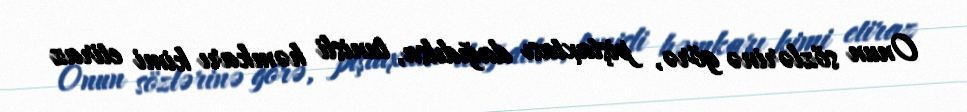
Onun sözlərinə görə, piştaxtası dağıdılsa, tunisli həmkarı kimi etiraz